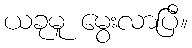
ယခုမူ မွေးလာပြီ။